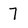
Character: 7